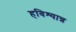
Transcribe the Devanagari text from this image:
हविश्यान्न